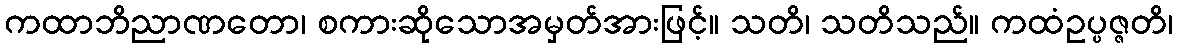
ကထာဘိညာဏတော၊ စကားဆိုသောအမှတ်အားဖြင့်။ သတိ၊ သတိသည်။ ကထံဥပ္ပဇ္ဇတိ၊